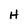
Character: H